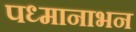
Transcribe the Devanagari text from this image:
पध्मानाभन